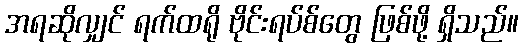
အရဆိုလျှင် ရက်ထရို ဗိုင်းရပ်စ်တွေ ဖြစ်ဖို့ ရှိသည်။